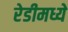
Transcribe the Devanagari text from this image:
रेडीमध्ये